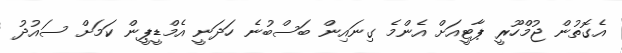
އެގޮތުން ޖުމްހޫރީ ޕާޓީއަށް އެންމެ ގިނައިން ބަސްބުނެ ހަދަނީ އެމްޑީޕީން ކަަމަށް ސައުދު